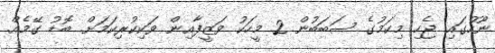
ނޫހުގައި ޖެހި މިކަމުގެ ސަބަބުން 2 މީހަކު ވަޒީފާއިން ވަކިކުރިކަމަށް. ބޮޑު ގޭމެއް.